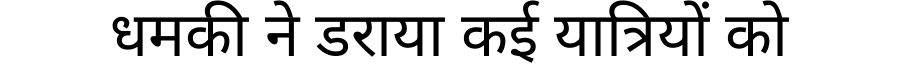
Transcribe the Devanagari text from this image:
धमकी ने डराया कई यात्रियों को